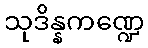
သုဒိန္နကဏ္ဍေ